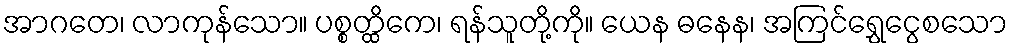
အာဂတေ၊ လာကုန်သော။ ပစ္စတ္ထိကေ၊ ရန်သူတို့ကို။ ယေန ဓနေန၊ အကြင်ရွှေငွေစသော